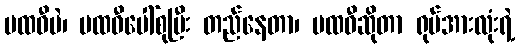
ပထဝီပဲ၊ ပထဝီပေါ်စုပြီး တည်နေတာ၊ ပထဝီဆိုတာ ရုပ်အားလုံးရဲ့